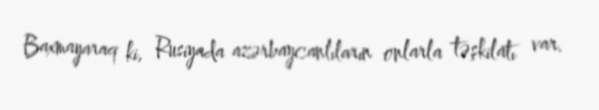
Baxmayaraq ki, Rusiyada azərbaycanlıların onlarla təşkilatı var.